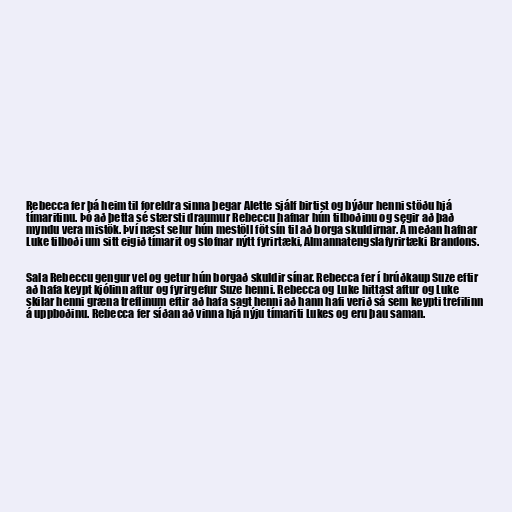
Rebecca fer þá heim til foreldra sinna þegar Alette sjálf birtist og býður henni stöðu hjá
tímaritinu. Þó að þetta sé stærsti draumur Rebeccu hafnar hún tilboðinu og segir að það
myndu vera mistök. Því næst selur hún mestöll föt sín til að borga skuldirnar. Á meðan hafnar
Luke tilboði um sitt eigið tímarit og stofnar nýtt fyrirtæki, Almannatengslafyrirtæki Brandons.

Sala Rebeccu gengur vel og getur hún borgað skuldir sínar. Rebecca fer í brúðkaup Suze eftir
að hafa keypt kjólinn aftur og fyrirgefur Suze henni. Rebecca og Luke hittast aftur og Luke
skilar henni græna treflinum eftir að hafa sagt henni að hann hafi verið sá sem keypti trefilinn
á uppboðinu. Rebecca fer síðan að vinna hjá nýju tímariti Lukes og eru þau saman.